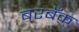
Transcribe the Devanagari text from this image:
बरबँक